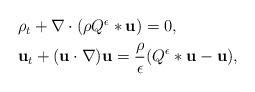
LaTeX: \begin{align*}\begin{aligned}& \rho_t + \nabla\cdot (\rho Q^\epsilon\ast \mathbf{u}) = 0,\\& \mathbf{u}_t + (\mathbf{u}\cdot\nabla ) \mathbf{u} = \frac{\rho}{\epsilon}(Q^\epsilon\ast \mathbf{u}-\mathbf{u}),\end{aligned}\end{align*}